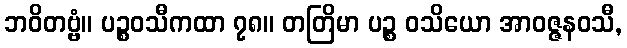
ဘဝိတဗ္ဗံ။ ပဉ္စဝသီကထာ ၇၈။ တတြိမာ ပဉ္စ ဝသိယော အာဝဇ္ဇနဝသီ,